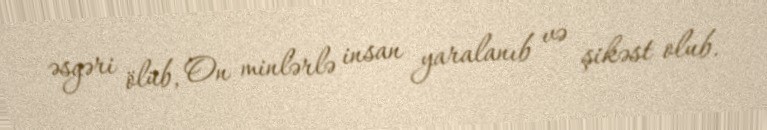
əsgəri ölüb, On minlərlə insan yaralanıb və şikəst olub.